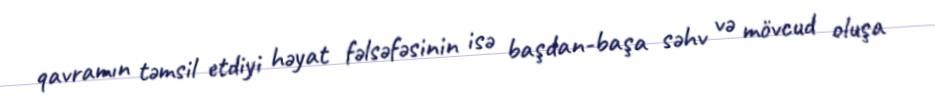
qavramın təmsil etdiyi həyat fəlsəfəsinin isə başdan-başa səhv və mövcud oluşa